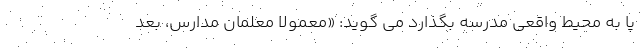
پا به محیط واقعی مدرسه بگذارد می گوید: «معمولاً معلمان مدارس، بعد